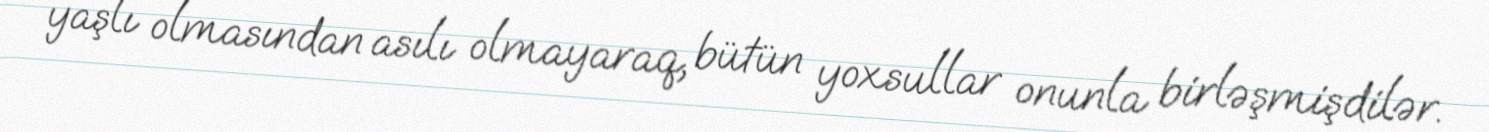
yaşlı olmasından asılı olmayaraq, bütün yoxsullar onunla birləşmişdilər.